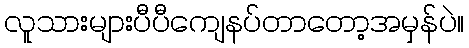
လူသားများပီပီကျေနပ်တာတော့အမှန်ပဲ။